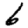
Digit: 6